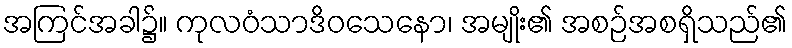
အကြင်အခါ၌။ ကုလဝံသာဒိဝသေနော၊ အမျိုး၏ အစဉ်အစရှိသည်၏